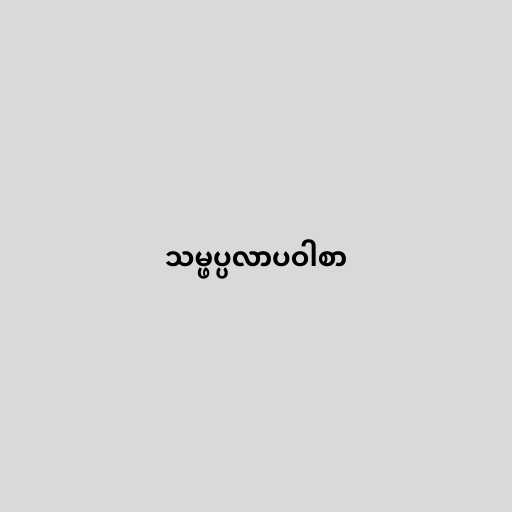
သမ္ဖပ္ပလာပဝါစာ